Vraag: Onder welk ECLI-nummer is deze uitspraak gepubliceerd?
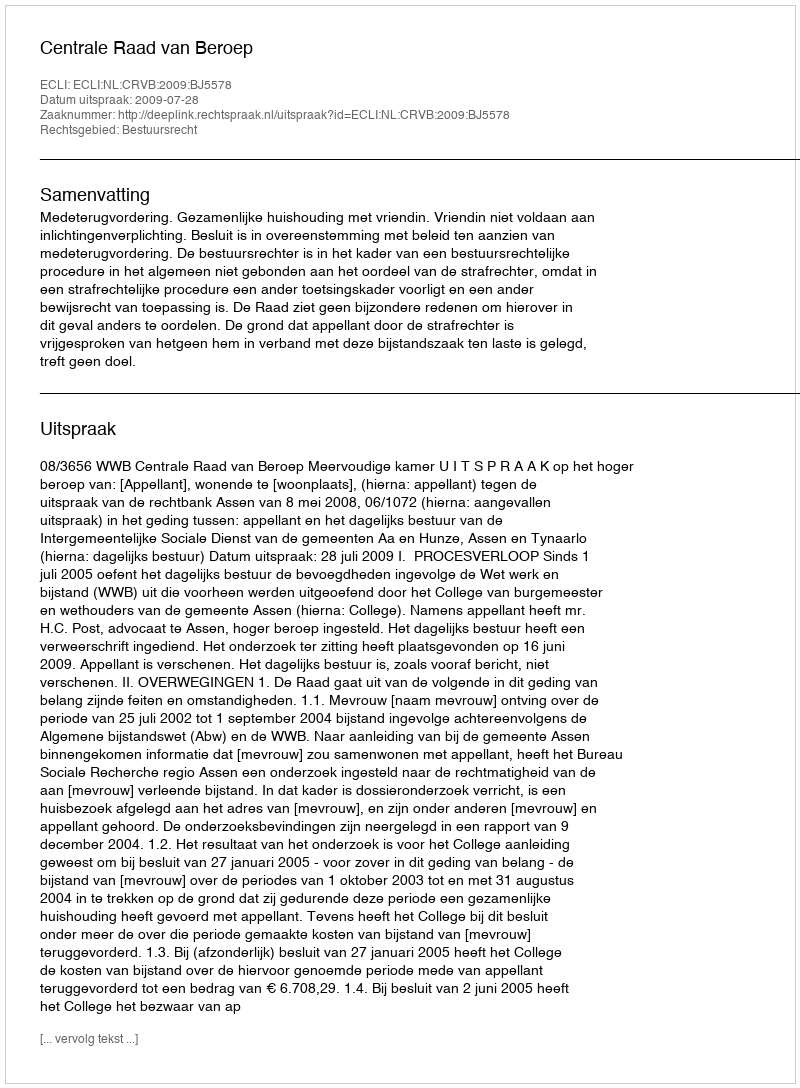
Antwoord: ECLI:NL:CRVB:2009:BJ5578